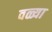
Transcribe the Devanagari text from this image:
वळ्या